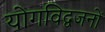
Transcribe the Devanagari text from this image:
योगविद्वजनों